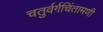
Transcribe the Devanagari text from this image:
चतुर्वर्गचिंतामणी